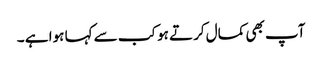
آپ بھی کمال کرتے ہو کب سے کہا ہوا ہے ۔